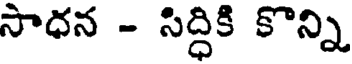
సాధన - సిద్ధికి కొన్ని